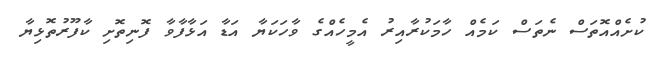
ކުށެއްއޮތަސް ނެތަސް ކަމެއް ހާމަކުރާއިރު އެމީހެއްގެ ވާހަކަޔާ އަޑާ އަޅާފާވާ ފޮނިތޮށި ކާފޫރުތޮޅިޔާ